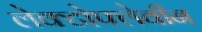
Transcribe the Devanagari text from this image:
लेक्टोफ्लेवीन